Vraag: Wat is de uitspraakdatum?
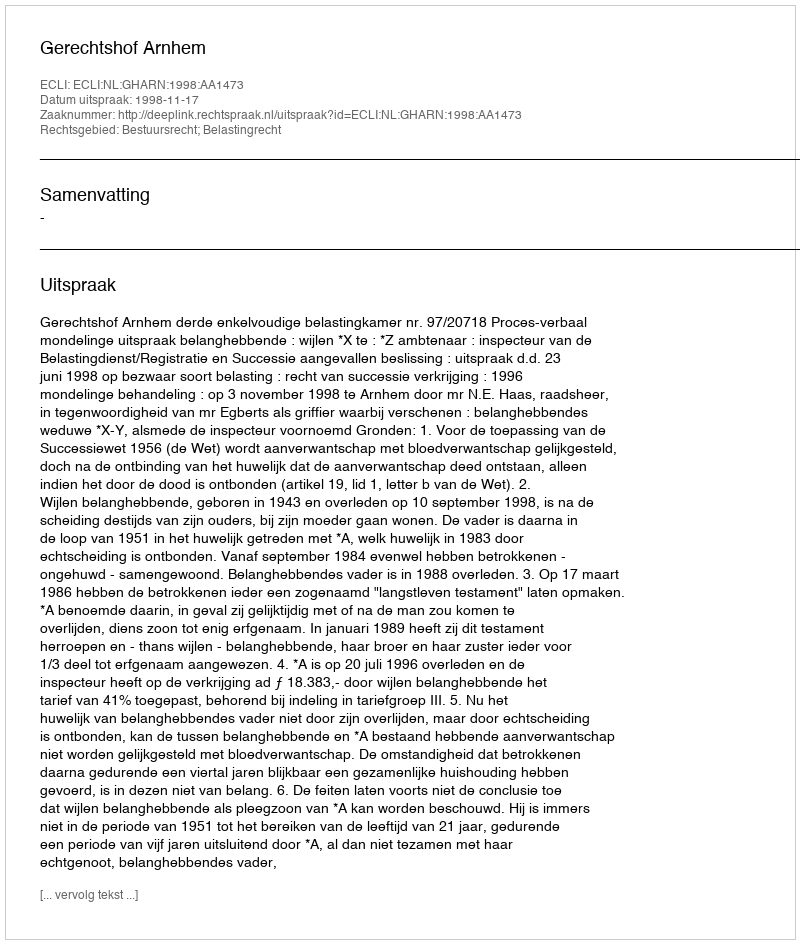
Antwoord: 1998-11-17